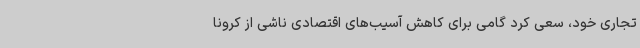
تجاری خود، سعی کرد گامی برای کاهش آسیب‌های اقتصادی ناشی از کرونا